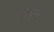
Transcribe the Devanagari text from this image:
ट्रिब्यून्स